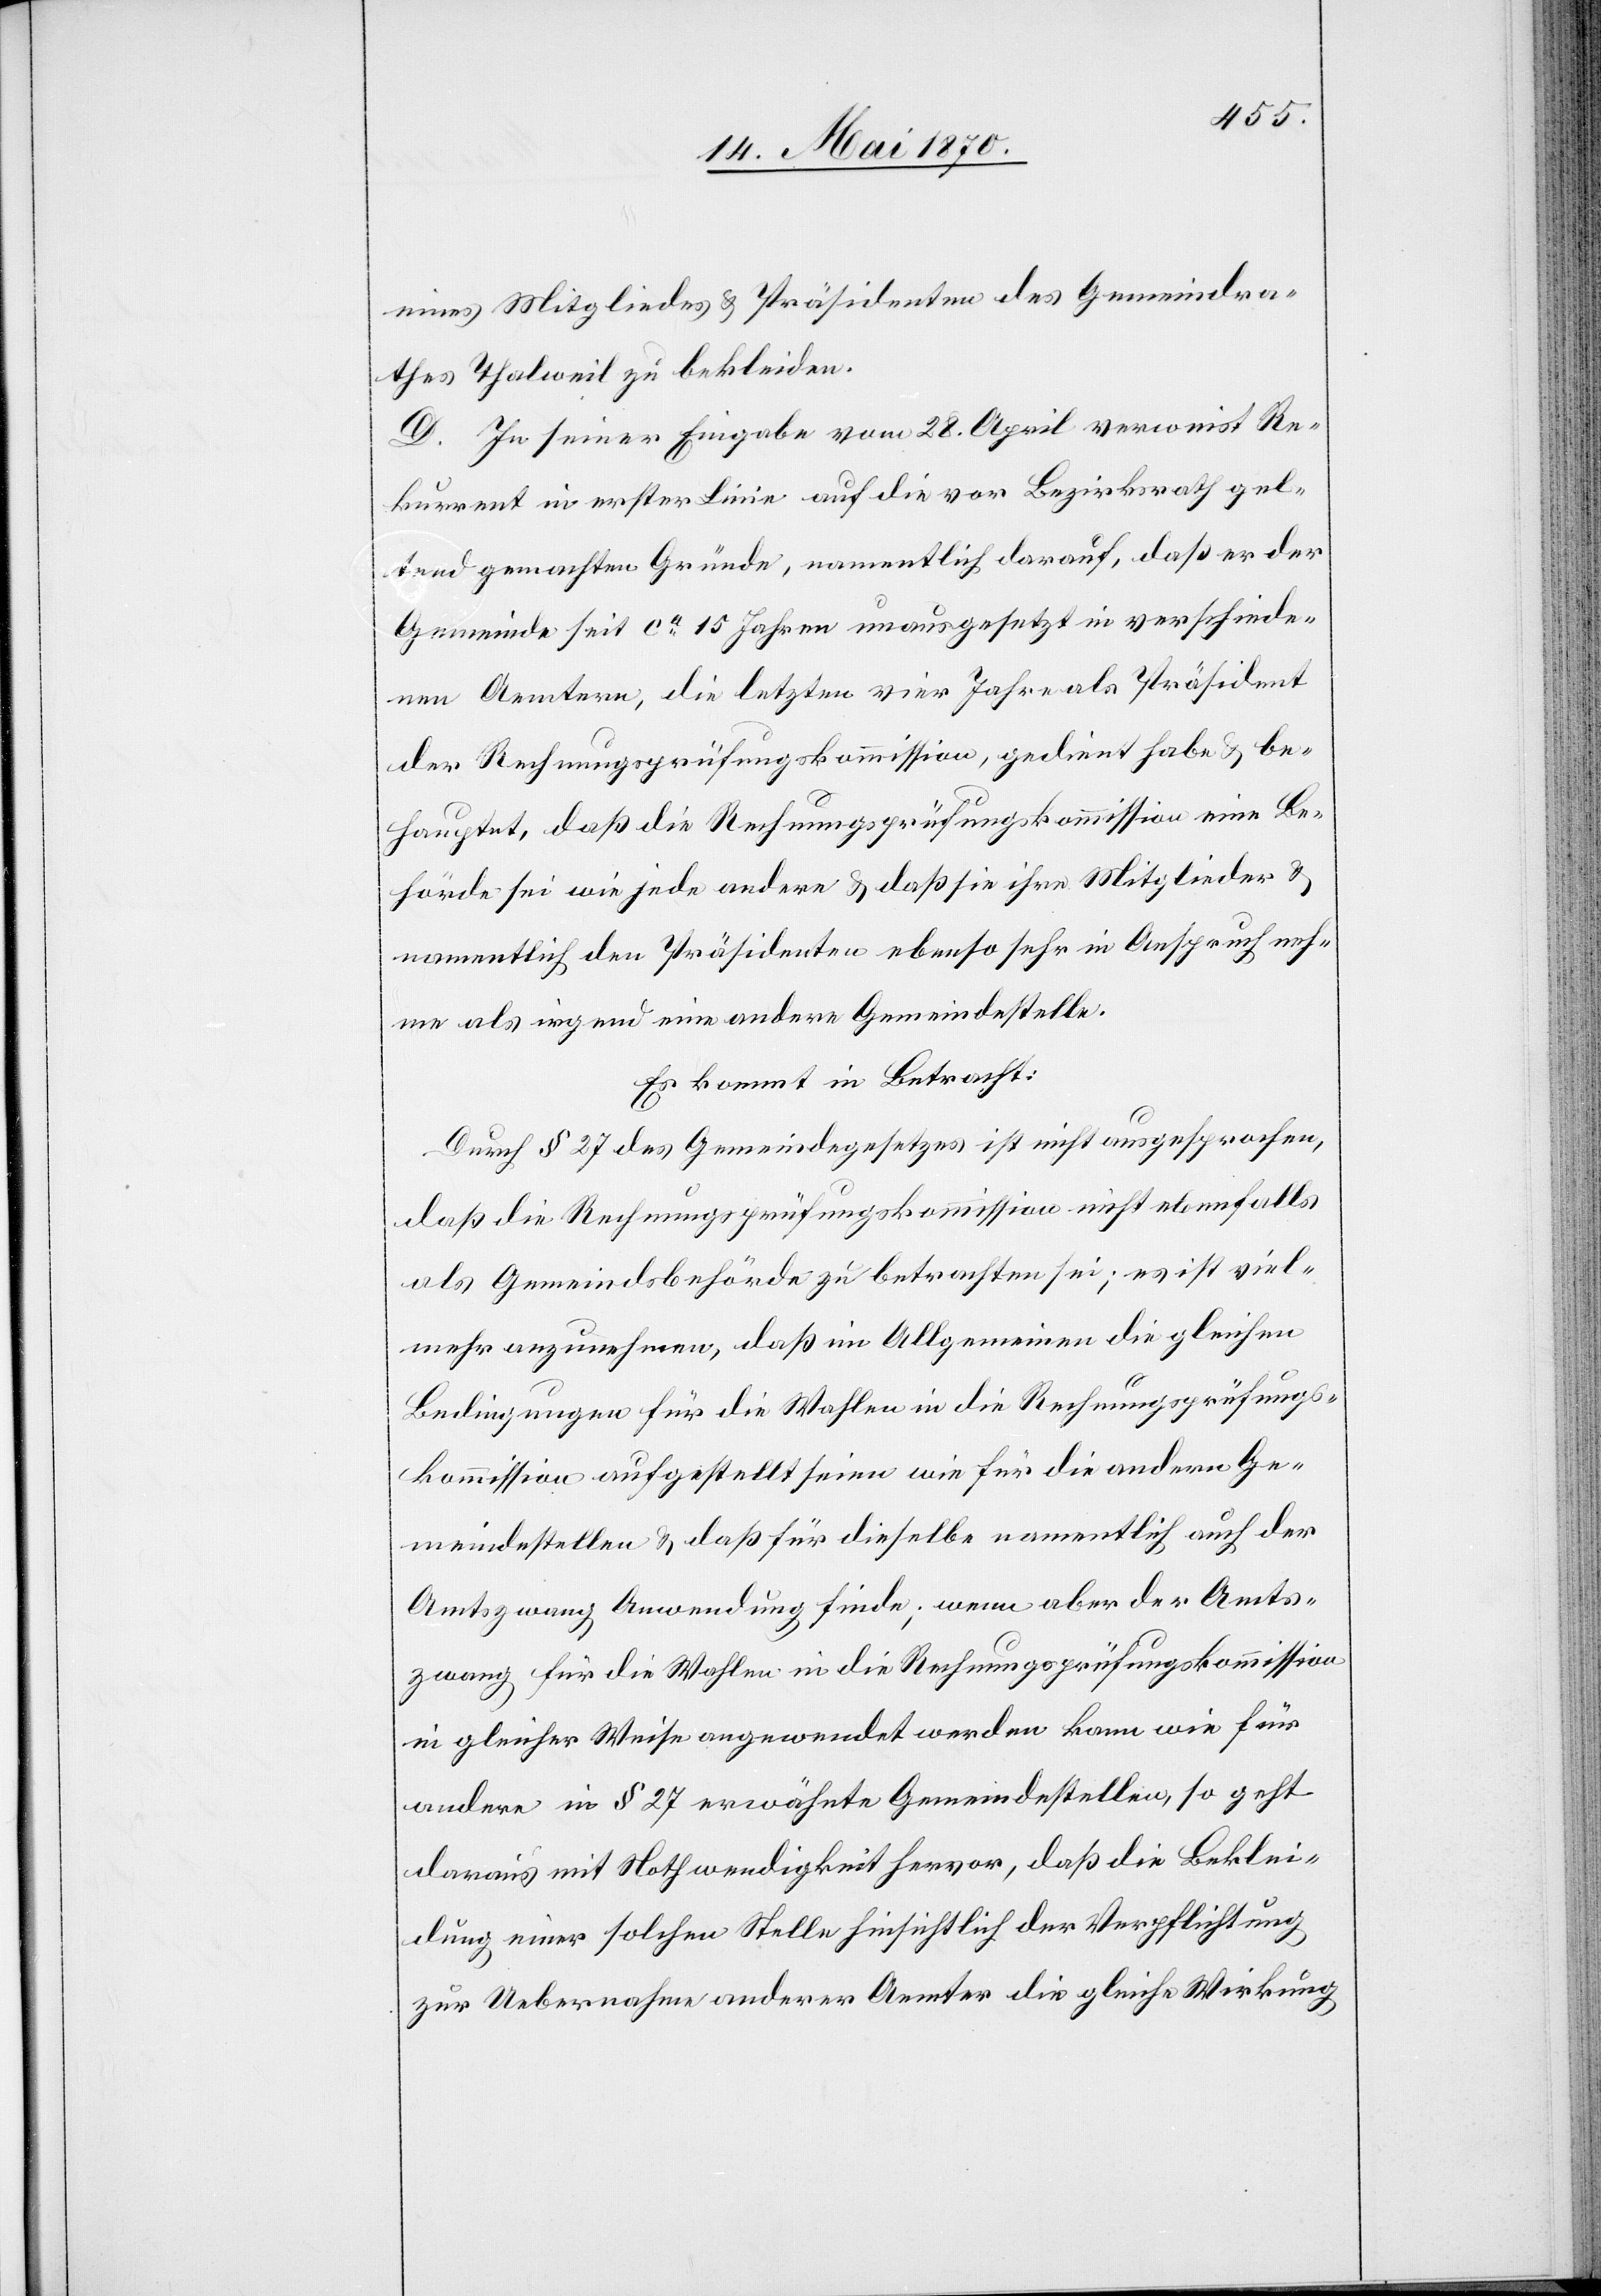
eines Mitgliedes & Präsidenten des Gemeindra¬
thes Thalweil zu bekleiden.
D. In seiner Eingabe vom 28. April verweist Re¬
kurrent in erster Linie auf die vor Bezirksrath gel¬
tend gemachten Gründe, namentlich darauf, daß er der
Gemeinde seit ca 15 Jahren unausgesetzt in verschiede¬
nen Aemtern, die letzten vier Jahre als Präsident
der Rechnungsprüfungskommission, gedient habe & be¬
hauptet, daß die Rechnungsprüfungskommission eine Be¬
hörde sei wie jede andere & daß sie ihre Mitglieder &
namentlich den Präsidenten ebenso sehr in Anspruch neh¬
me als irgend eine andere Gemeindestelle.
Es kommt in Betracht:
Durch § 27 des Gemeindegesetzes ist nicht ausgesprochen,
daß die Rechnungsprüfungskommission nicht ebenfalls
als Gemeindsbehörde zu betrachten sei; es ist viel¬
mehr anzunehmen, daß im Allgemeinen die gleichen
Bedingungen für die Wahlen in die Rechnungsprüfungs¬
kommission aufgestellt seien wie für die andern Ge¬
meindestellen & daß für dieselbe namentlich auch der
Amtszwang Anwendung finde; wenn aber der Amts¬
zwang für die Wahlen in die Rechnungsprüfungskommission
in gleicher Weise angewendet werden kann wie für
andere in § 27 erwähnte Gemeindestellen, so geht
daraus mit Nothwendigkeit hervor, daß die Beklei¬
dung einer solchen Stelle hinsichtlich der Verpflichtung
zur Uebernahme anderer Aemter die gleiche Wirkung